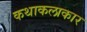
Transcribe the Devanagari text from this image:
कथाकलाकार